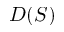
D ( S )